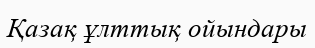
Қазақ ұлттық ойындары